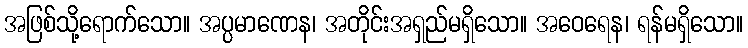
အဖြစ်သို့ရောက်သော။ အပ္ပမာဏေန၊ အတိုင်းအရှည်မရှိသော။ အဝေရေန၊ ရန်မရှိသော။